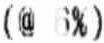
(@ 6%)